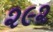
૨૯૨